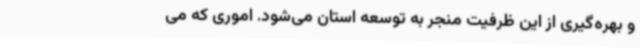
و بهره‌گیری از این ظرفیت منجر به توسعه استان می‌شود. اموری که می‌